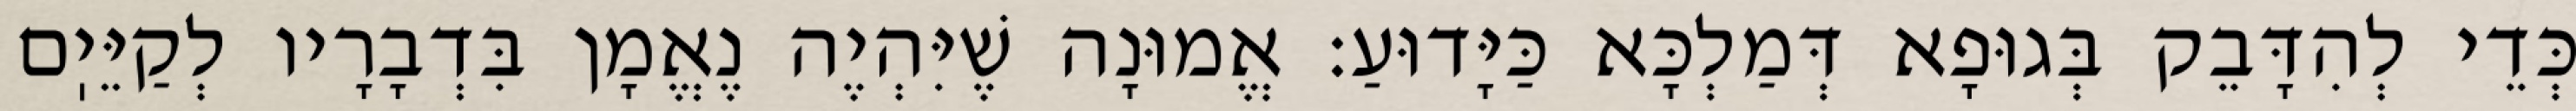
כְּדֵי לְהִדָּבֵק בְּגוּפָא דְּמַלְכָּא כַּיָּדוּעַ: אֱמוּנָה שֶׁיִּהְיֶה נֶאֱמָן בִּדְבָרָיו לְקַיֵּיֽם